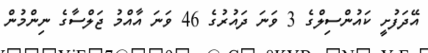
އޭދަފުށީ ކައުންސިލްގެ 3 ވަނަ ދައުރުގެ 46 ވަނަ އާއްމު ޖަލްސާގެ ނިންމުން